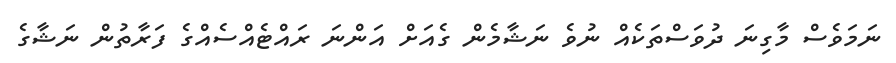
ނަމަވެސް މާގިނަ ދުވަސްތަކެއް ނުވެ ނަޝާމެން ގެއަށް އަންނަ ރައްޓެއްސެއްގެ ފަރާތުން ނަޝާގެ